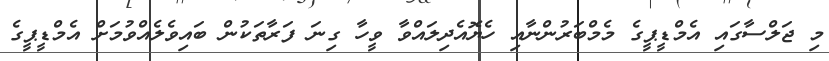
މި ޖަލްސާގައި އެމްޑީޕީގެ މެމްބަރުންނާއި ހެޔޮއެދިލައްވާ ވީހާ ގިނަ ފަރާތަކުން ބައިވެލެއްވުމަށް އެމްޑީޕީގެ